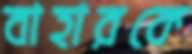
বাহারকে